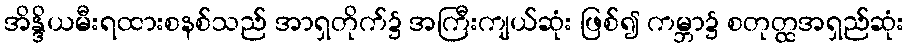
အိန္ဒိယမီးရထားစနစ်သည် အာရှတိုက်၌ အကြီးကျယ်ဆုံး ဖြစ်၍ ကမ္ဘာ၌ စတုတ္ထအရှည်ဆုံး